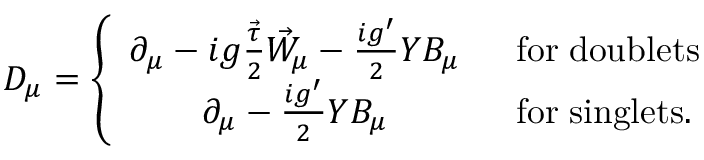
D _ { \mu } = \left\{ \begin{array} { c l } { { \partial _ { \mu } - i g \frac { \vec { \tau } } { 2 } \vec { W } _ { \mu } - \frac { i g ^ { \prime } } { 2 } Y B _ { \mu } } } & { { \; \; \mathrm { f o r } \; \mathrm { d o u b l e t s } } } \\ { { \partial _ { \mu } - \frac { i g ^ { \prime } } { 2 } Y B _ { \mu } } } & { { \; \; \mathrm { f o r } \; \mathrm { s i n g l e t s } . } } \end{array} \right.